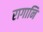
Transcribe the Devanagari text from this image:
रागानि